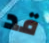
قد